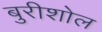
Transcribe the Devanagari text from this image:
बुरीशोल